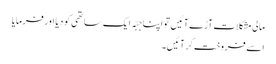
مالی مشکلات آڑے آئیں تو اپنا جبّہ ایک ساتھی کو دیا اور فرمایا
اسے فروخت کر آئیں۔